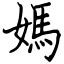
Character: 媽